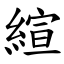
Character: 縇